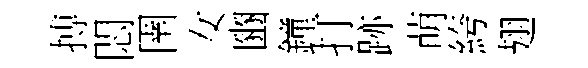
搏悶圉女豳鐘打跡萌絝翅